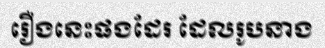
រឿងនេះផងដែរ ដែលរូបនាង